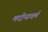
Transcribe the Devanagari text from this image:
मदीनावर्म